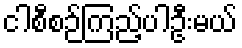
ငါစီစဉ်ကြည့်ပါဦးမယ်